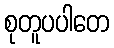
စုတူပပါတေ